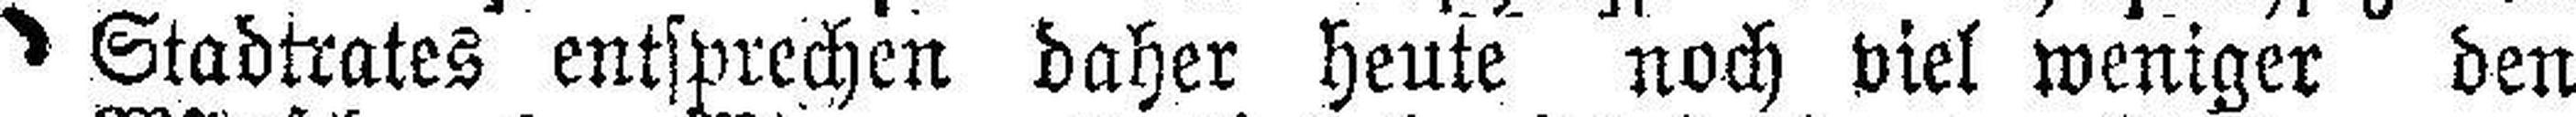
Stadtrates entsprechen daher heute noch viel weniger den